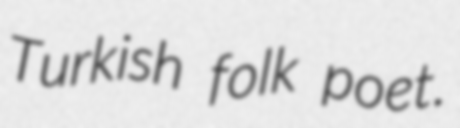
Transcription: Turkish folk poet.